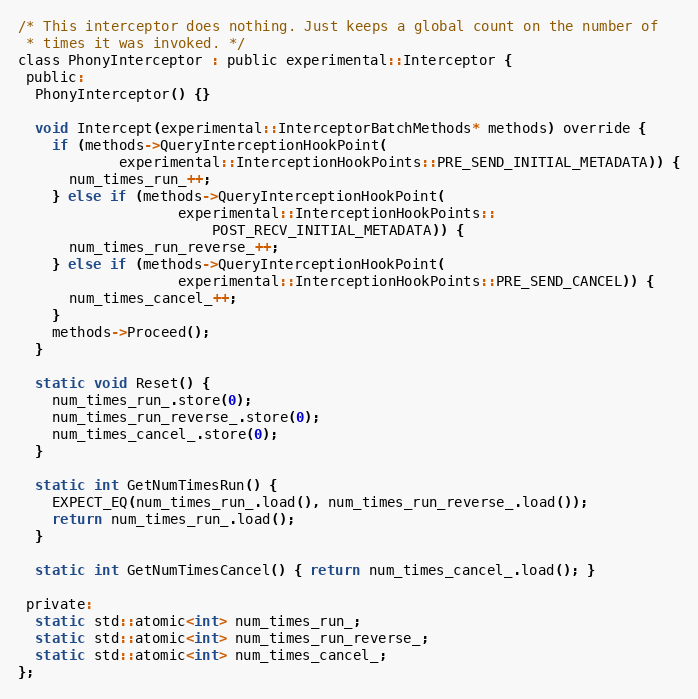
Language: C
/* This interceptor does nothing. Just keeps a global count on the number of
 * times it was invoked. */
class PhonyInterceptor : public experimental::Interceptor {
 public:
  PhonyInterceptor() {}

  void Intercept(experimental::InterceptorBatchMethods* methods) override {
    if (methods->QueryInterceptionHookPoint(
            experimental::InterceptionHookPoints::PRE_SEND_INITIAL_METADATA)) {
      num_times_run_++;
    } else if (methods->QueryInterceptionHookPoint(
                   experimental::InterceptionHookPoints::
                       POST_RECV_INITIAL_METADATA)) {
      num_times_run_reverse_++;
    } else if (methods->QueryInterceptionHookPoint(
                   experimental::InterceptionHookPoints::PRE_SEND_CANCEL)) {
      num_times_cancel_++;
    }
    methods->Proceed();
  }

  static void Reset() {
    num_times_run_.store(0);
    num_times_run_reverse_.store(0);
    num_times_cancel_.store(0);
  }

  static int GetNumTimesRun() {
    EXPECT_EQ(num_times_run_.load(), num_times_run_reverse_.load());
    return num_times_run_.load();
  }

  static int GetNumTimesCancel() { return num_times_cancel_.load(); }

 private:
  static std::atomic<int> num_times_run_;
  static std::atomic<int> num_times_run_reverse_;
  static std::atomic<int> num_times_cancel_;
};